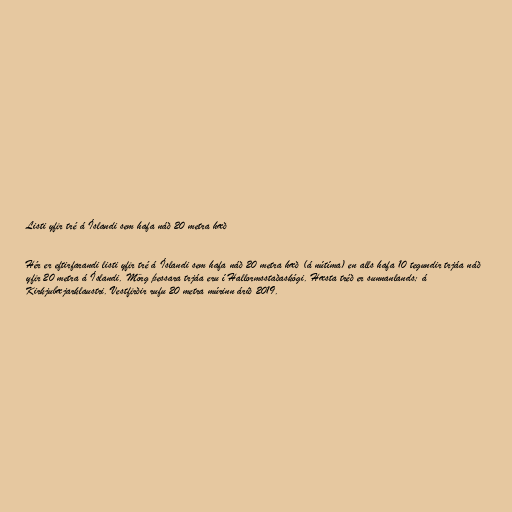
Listi yfir tré á Íslandi sem hafa náð 20 metra hæð

Hér er eftirfarandi listi yfir tré á Íslandi sem hafa náð 20 metra hæð (á nútíma) en alls hafa 10 tegundir trjáa náð
yfir 20 metra á Íslandi. Mörg þessara trjáa eru í Hallormsstaðaskógi. Hæsta tréð er sunnanlands; á
Kirkjubæjarklaustri. Vestfirðir rufu 20 metra múrinn árið 2019.